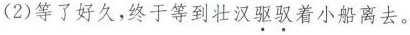
（2）等了好久，终于等到壮汉驱驭着小船离去。